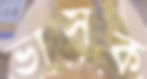
ভাসক